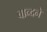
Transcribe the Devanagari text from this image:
बान्दने